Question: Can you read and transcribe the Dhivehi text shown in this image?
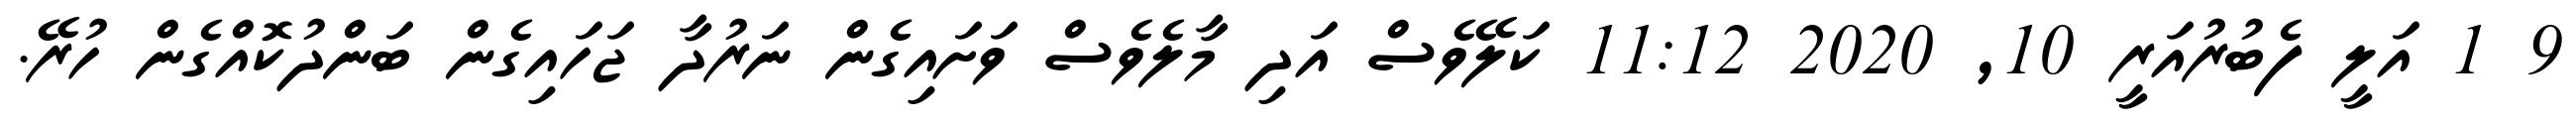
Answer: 9 1 އަލީ ފެބުރުއަރީ 10, 2020 11:12 ކަލޭވެސް އަދި މާލެވެސް ވަށައިގެން ނަރުދާ ޖަހައިގެން ބަންދުކޮއްގެން ހުރޭ.